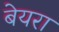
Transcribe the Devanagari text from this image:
बेयरा